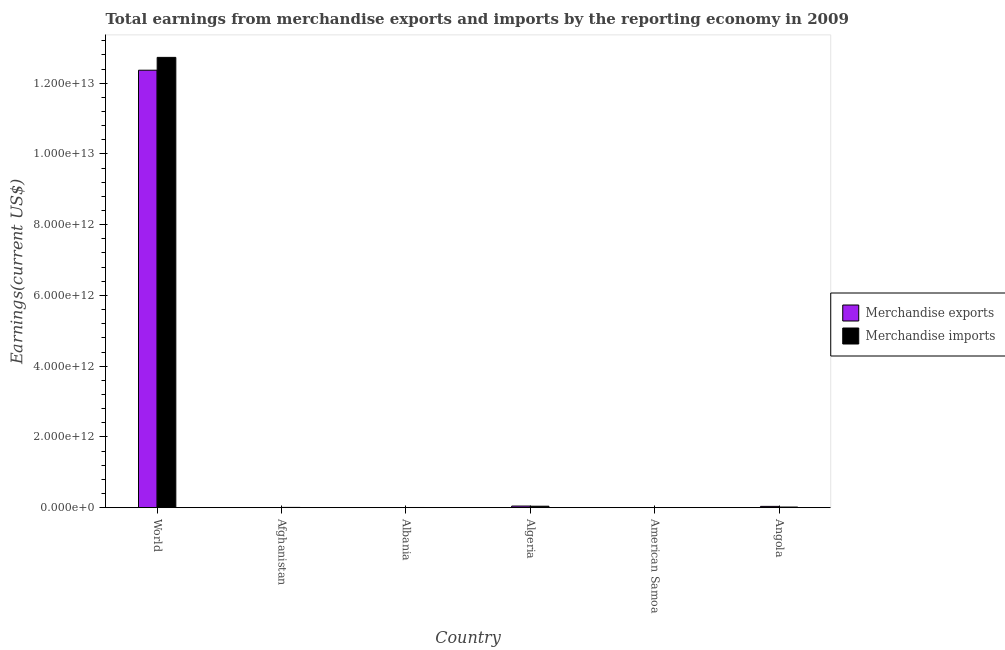
| Country | Merchandise exports | Merchandise imports |
 | --- | --- | --- |
 | World | 1.24e+13 | 1.27e+13 |
 | Afghanistan | 4.46e+08 | 6.95e+09 |
 | Albania | 1.1e+09 | 4.44e+09 |
 | Algeria | 4.52e+10 | 4.07e+10 |
 | American Samoa | 1.98e+07 | 1.61e+08 |
 | Angola | 3.6e+10 | 1.75e+10 |